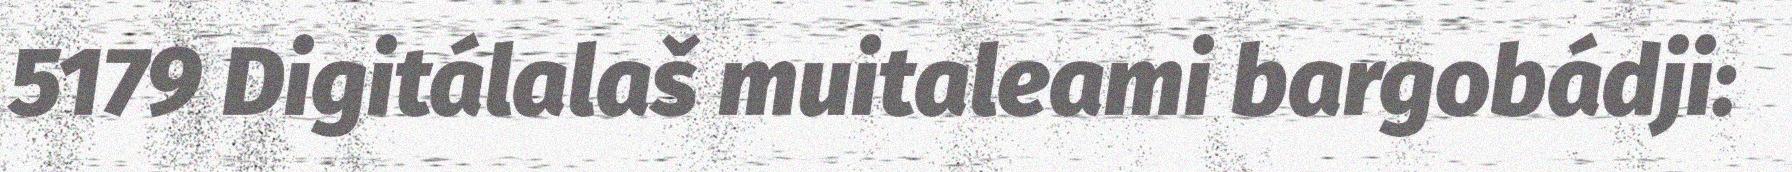
5179 Digitálalaš muitaleami bargobádji: